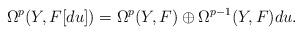
LaTeX: \begin{align*}\Omega^{p}(Y,F[du])=\Omega^{p}(Y,F)\oplus \Omega^{p-1}(Y,F)du.\end{align*}